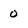
Character: o